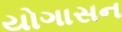
યોગાસન